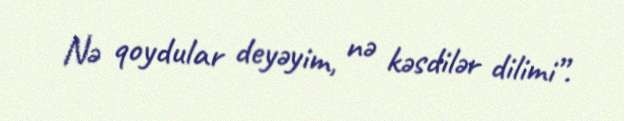
Nə qoydular deyəyim, nə kəsdilər dilimi”.